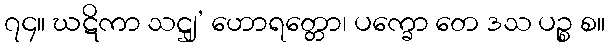
၇၄။ ဃဋိကာ သဋ္ဌျ’ ဟောရတ္တော၊ ပက္ခော တေ ဒသ ပဉ္စ စ။